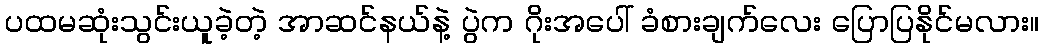
ပထမဆုံးသွင်းယူခဲ့တဲ့ အာဆင်နယ်နဲ့ ပွဲက ဂိုးအပေါ် ခံစားချက်လေး ပြောပြနိုင်မလား။